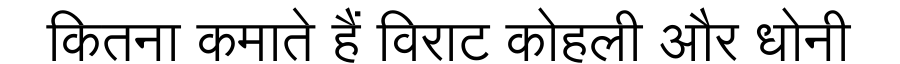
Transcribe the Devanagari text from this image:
कितना कमाते हैं विराट कोहली और धोनी